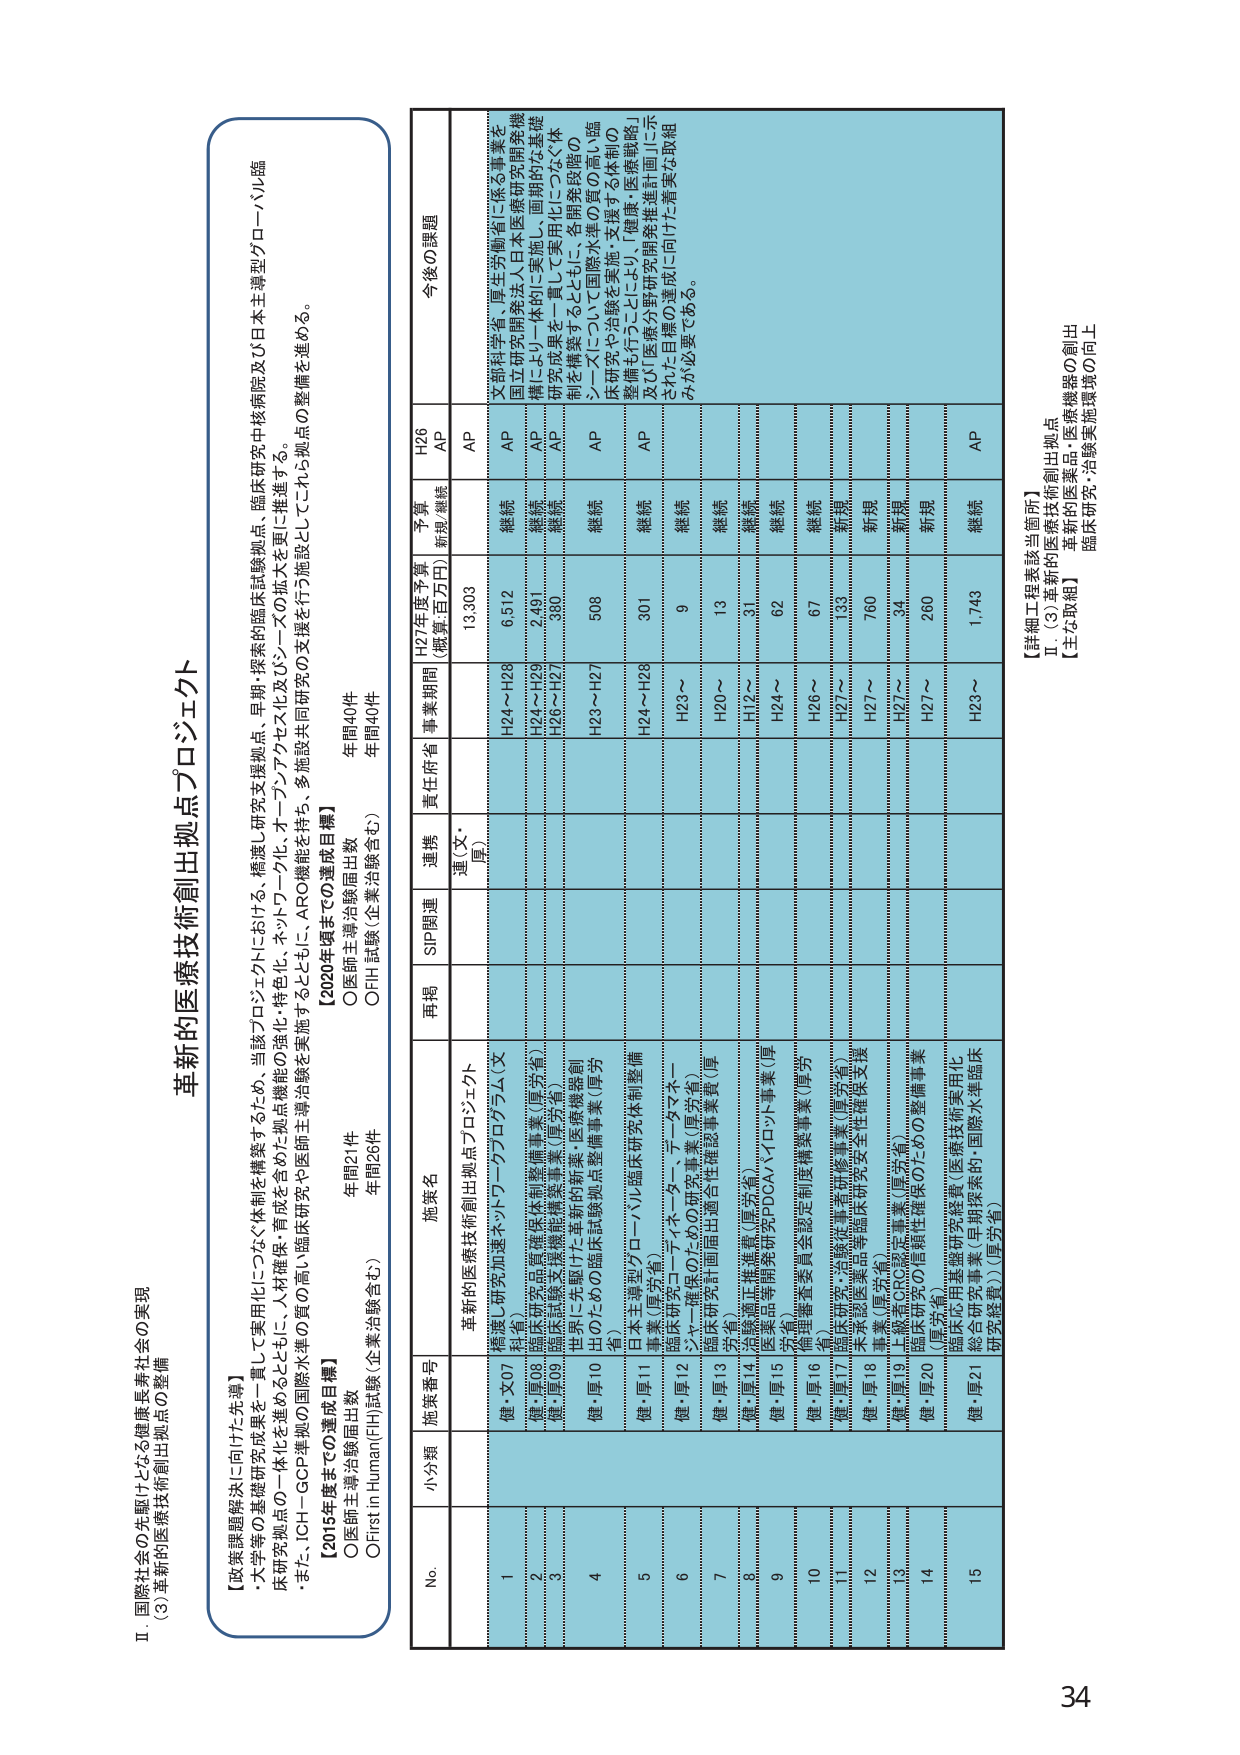
II 国際社会の先駆けとなる健康長寿社会の実現
(3) 革新的医療技術創出拠点の整備

【政策課題解決に向けた先導】
・大学等の基礎研究成果を一貫して実用化につなぐ体制を構築するため、当該プロジェクトにおいては、橋渡し研究支援拠点、早期・探索的臨床試験拠点、臨床研究中核病院及び日本主導型グローバル臨床研究拠点の一体化を進めるとともに、人材確保・育成を含めた拠点機能の強化・特化化、ネットワーク化、オープンアクセス化及びシーズの拡大を更に推進する。
・また、ICH－GCP準拠の国際水準の質の高い臨床研究や医師主導治験を実施するとともに、ARO機能を待ち、多施設共同研究の支援を行う施設としてこれら拠点の整備を進める。

【2015年度までの達成目標】
〇医師主導治験届出数 年間21件
〇First in Human(FIH)試験（企業治験含む） 年間26件

【2020年度までの達成目標】
〇医師主導治験届出数 年間40件
〇FIH 試験（企業治験含む） 年間40件

革新的医療技術創出拠点プロジェクト

No. 小分類 施策番号 施策名 再掲 SIP関連 連携（文・厚） 責任府省 事業期間 H27年度予算（概算・百万円） 予算新規/継続 H26 AP 今後の課題

1 健・文07 橋渡し研究加速ネットワークプログラム（文科省） 革新的医療技術創出拠点プロジェクト AP H24～H28 13,303 継続 文部科学省・厚生労働省に係る事業を国立研究開発法人日本医療研究開発機構により一体的に実施し、画期的な基礎研究成果を一貫して実用化につなぐ体制を構築するとともに、各開発段階のシーズについて国際水準の質の高い臨床研究や治験を実施・支援する体制の整備も行うことにより、「健康・医療戦略」及び「医療分野研究開発推進計画」に示された目標の達成に向けた着実な取組みが必要である。

2 健・厚08 臨床研究品質確保体制整備事業（厚労省） AP H24～H29 6,512 継続

3 健・厚09 臨床試験実施機能整備事業（厚労省） AP H26～H27 2,491 継続

4 健・厚10 世界に貢献する革新的新薬・医療機器創出のための臨床試験拠点整備事業（厚労省） AP H23～H27 508 継続

5 健・厚11 日本主導型グローバル臨床研究体制整備事業（厚労省） AP H24～H28 301 継続

6 健・厚12 臨床研究コーディネーター、テータマネージャー確保のための研究事業（厚労省） AP H23～ 9 継続

7 健・厚13 臨床研究計画届出適合性確認事業費（厚労省） H20～ 13 継続

8 健・厚14 治験臨床基準（厚労省） H20～ 31 継続

9 健・厚15 医薬品等開発研究PDCAサイクル事業（厚労省） H24～ 62 継続

10 健・厚16 倫理審査員会認定制度構築事業（厚労省） H26～ 67 継続

11 健・厚17 臨床研究・治験従事者研修事業（厚労省） H27～ 133 新規

12 健・厚18 木本製医薬品等臨床研究女王性確保支援事業（厚労省） H27～ 760 新規

13 健・厚19 上級者CRC認定事業（厚労省） H27～ 34 新規

14 健・厚20 臨床研究の信頼性確保のための整備事業（厚労省） H27～ 260 新規

15 健・厚21 臨床応用基礎研究経費（医療技術実用化総合研究事業（早期探索的・国際水準臨床研究経費））（厚労省） AP H23～ 1,743 継続

【詳細工程表該当箇所】
Ⅱ．(3) 革新的医療技術創出拠点
【主な取組】
臨床研究・治験実施環境の向上

34